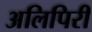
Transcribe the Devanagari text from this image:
अलिपिरी